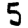
Digit: 5